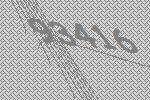
93416